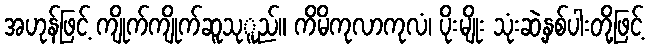
အဟုန်ဖြင့် ကျိုက်ကျိုက်ဆူသုူည်။ ကိမိကုလာကုလံ၊ ပိုးမျိုး သုံးဆဲ့နှစ်ပါးတို့ဖြင့်